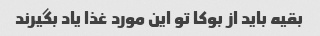
بقیه باید از بوکا تو این مورد غذا یاد بگیرند